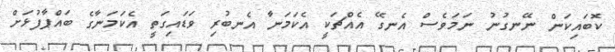
ކޮބައިކަން ނޭނގުނު ނަމަވެސް އެނގޭ އެއްޗަކީ އެކަމަނާ އެނބުރި ވަޑައިގަތީ އެކަމަނާގެ ބައްޕާފުޅަށް